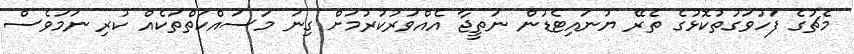
މެޗުގެ ފަހުވަގުތުކޮޅުގެ ތެރޭ ޔުނައިޓެޑުން ނަތީޖާ އެއްވަރުކުރުމަށް ގިނަ މަސައްކަތްތަކެއް ކުރި ނަމަވެސް